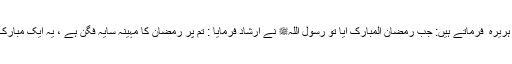
حضرت ابو ہریرہ ؓ فرماتے ہیں: جب رمضان المبارک آیا تو رسول اللہﷺ نے ارشاد فرمایا : تم پر رمضان کا مہینہ سایہ فگن ہے ، یہ ایک مبارک مہینہ ہے ۔